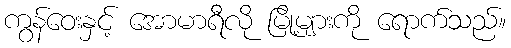
ကွန်ဝေးနှင့် အောမာရီလို မြို့များကို ရောက်သည်။